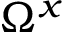
\Omega ^ { x }